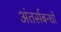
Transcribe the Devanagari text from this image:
अंतर्सबन्धों